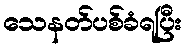
သေနတ်ပစ်ခံရပြီး